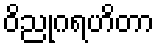
ဝိညုဂရဟိတာ